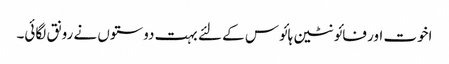
اخوت اور فائونٹین ہائوس کے لئے بہت دوستوں نے رونق لگائی۔